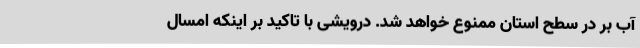
آب بر در سطح استان ممنوع خواهد شد. درویشی با تاکید بر اینکه امسال